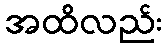
အထိလည်း